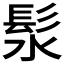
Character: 𪶰